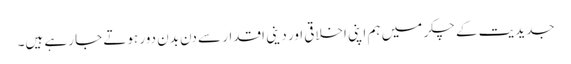
جدیدیت کے چکر میں ہم اپنی اخلاقی اور دینی اقدار سے دن بدن دور ہوتے جا رہے ہیں۔